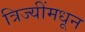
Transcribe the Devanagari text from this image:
त्रिज्यींमधून